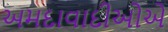
અમદાવાદીઓએ